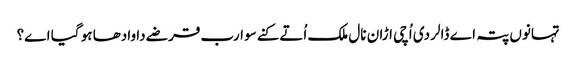
تہانوں پتہ اے ڈالر دی اُچی اڑان نال ملک اُتے کنے سو ارب قرضے دا وادھا ہو گیا اے؟